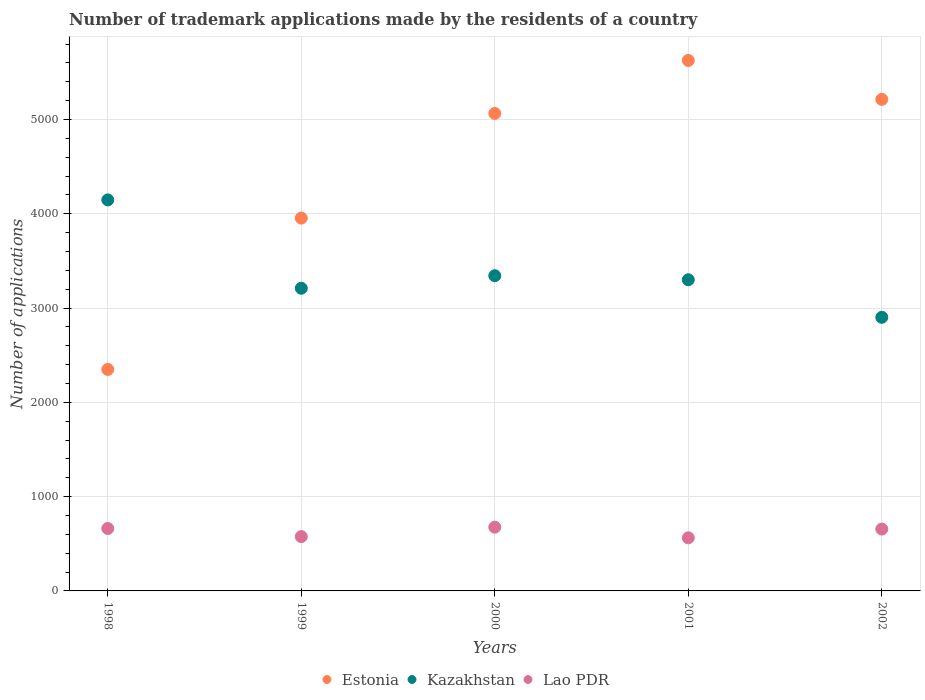
| Years | Estonia | Kazakhstan | Lao PDR |
 | --- | --- | --- | --- |
 | 1998 | 2.35e+03 | 4.15e+03 | 662 |
 | 1999 | 3.95e+03 | 3.21e+03 | 576 |
 | 2000 | 5.06e+03 | 3.34e+03 | 676 |
 | 2001 | 5.63e+03 | 3.3e+03 | 563 |
 | 2002 | 5.21e+03 | 2.9e+03 | 656 |